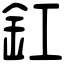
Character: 釭